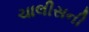
ચાલીસની